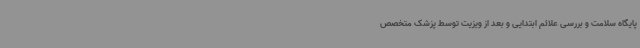
پایگاه سلامت و بررسی علائم ابتدایی و بعد از ویزیت توسط پزشک متخصص